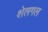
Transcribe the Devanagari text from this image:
शेलगल